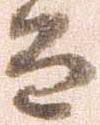
而